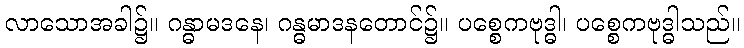
လာသောအခါ၌။ ဂန္ဓာမဒနေ၊ ဂန္ဓမာဒနတောင်၌။ ပစ္စေကဗုဒ္ဓါ၊ ပစ္စေကဗုဒ္ဓါသည်။